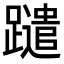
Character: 𨇀